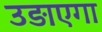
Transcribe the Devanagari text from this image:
उड़ाएगा